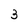
Character: 3